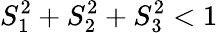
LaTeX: S_{1}^{2}+S_{2}^{2}+S_{3}^{2}<1